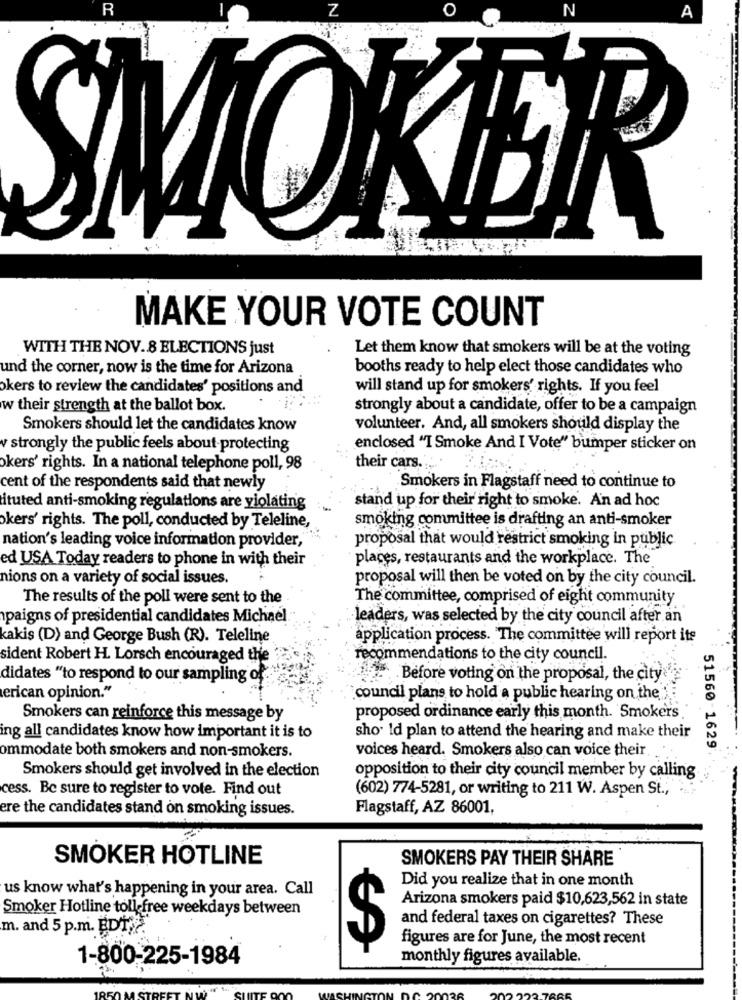
R
Z
O
N
A
MOKER
MAKE YOUR VOTE COUNT
WITH THE NOV.8 ELECTIONS just
Let them know that smokers will be at the voting
und the corner, now is the time for Arizona
booths ready to help elect those candidates who
okers to review the candidates' positions and
will stand up for smokers' rights. If you feel
w their strength at the ballot box.
strongly about a candidate, offer to be a campaign
Smokers should let the candidates know
volunteer. And, all smokers should display the
v strongly the public feels about protecting
enclosed "I Smoke And I Vote" bumper sticker on
okers' rights. In a national telephone poll, 98
their cars ....
cent of the respondents said that newly
Smokers in Flagstaff need to continue to
ituted anti-smoking regulations are violating
stand up for their right to smoke. An ad hoc
smoking committee is drafting an anti-smoker
kers' rights. The poll, conducted by Teleline,
proposal that would restrict smoking in public
nation's leading voice information provider,"
ed USA Today readers to phone in with their
places, restaurants and the workplace. The
nions on a variety of social issues.
proposal will then be voted on by the city council.
The results of the poll were sent to the
The committee, comprised of eight community
paigns of presidential candidates Michael
leaders, was selected by the city council after an
kakis (D) and George Bush (R). Teleline
application process. The committee will report its
sident Robert H. Lorsch encouraged the
recommendations to the city council.
didates "to respond to our sampling of
11. Before voting on the proposal, the city
erican opinion."
council plans to hold a public hearing on the"
Smokers can reinforce this message by
proposed ordinance early this month. Smokers
ing all candidates know how important it is to
sho ld plan to attend the hearing and make their
ommodate both smokers and non-smokers.
voices heard. Smokers also can voice their
51560-1629.
Smokers should get involved in the election
opposition to their city council member by calling
cess. Be sure to register to vote. Find out
(602) 774-5281, or writing to 211 W. Aspen St ., "
ere the candidates stand on smoking issues.
Flagstaff, AZ 86001,
SMOKER HOTLINE
SMOKERS PAY THEIR SHARE
Did you realize that in one month
us know what's happening in your area. Call
Arizona smokers paid $10,623,562 in state
Smoker Hotline toll free weekdays between
and federal taxes on cigarettes? These
m. and 5 p.m. EDT
figures are for June, the most recent
1-800-225-1984
monthly figures available.